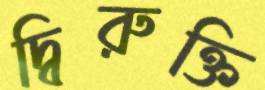
দ্বিরুক্তি